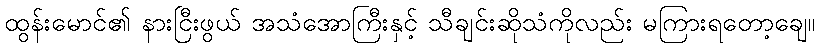
ထွန်းမောင်၏ နားငြီးဖွယ် အသံအောကြီးနှင့် သီချင်းဆိုသံကိုလည်း မကြားရတော့ချေ။